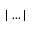
| \dots |